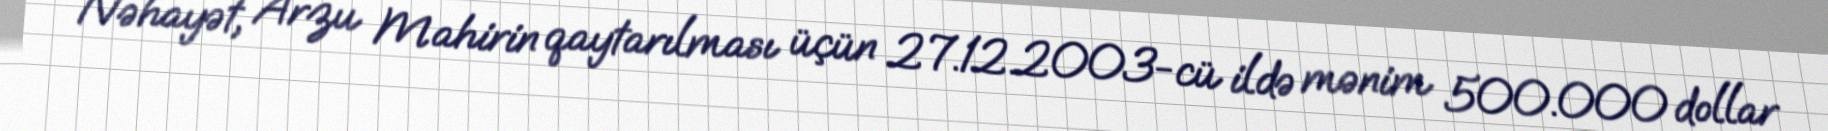
Nəhayət, Arzu Mahirin qaytarılması üçün 27.12.2003-cü ildə mənim 500.000 dollar